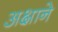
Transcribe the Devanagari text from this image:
अक्षाने